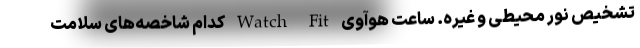
تشخیص نور محیطی و غیره. ساعت هوآوی Watch Fit کدام شاخصه‌های سلامت